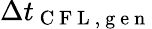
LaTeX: \Delta t_{\mathrm{~C~F~L~,~g~e~n~}}